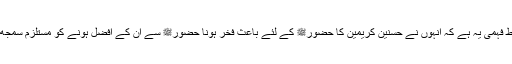
پھلواروی صاحب کی غلط فہمی یہ ہے کہ انہوں نے حسنین کریمین کا حضورﷺ کے لئے باعث فخر ہونا حضورﷺ سے ان کے افضل ہونے کو مستلزم سمجھ لیا اور یہ قطعاً غلط ہے۔